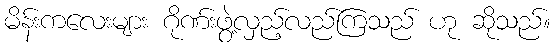
မိန်းကလေးများ ဂိုဏ်းဖွဲ့လှည့်လည်ကြသည် ဟု ဆိုသည်။